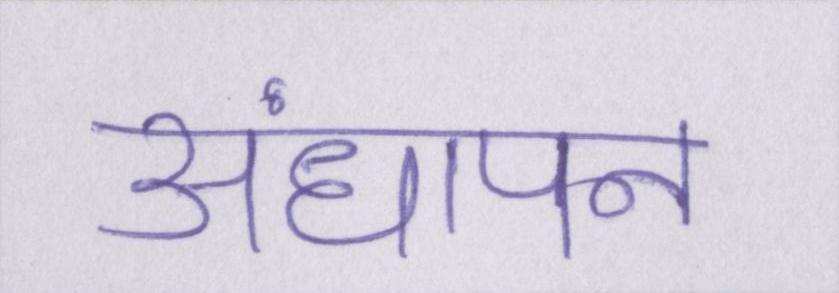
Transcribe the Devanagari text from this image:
अंधापन